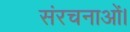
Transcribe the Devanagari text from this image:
संरचनाओं।